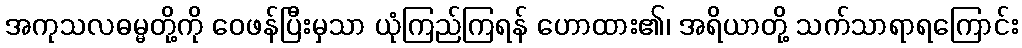
အကုသလဓမ္မတို့ကို ဝေဖန်ပြီးမှသာ ယုံကြည်ကြရန် ဟောထား၏၊ အရိယာတို့ သက်သာရာရကြောင်း